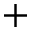
+